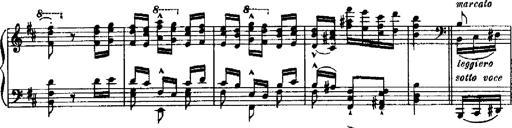
Title: RÃ©miniscences de Robert le diable
Composer: Franz Liszt